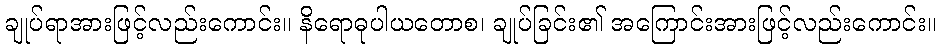
ချုပ်ရာအားဖြင့်လည်းကောင်း။ နိရောဓုပါယတောစ၊ ချုပ်ခြင်း၏ အကြောင်းအားဖြင့်လည်းကောင်း။